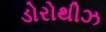
ડોરોથીઝ